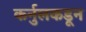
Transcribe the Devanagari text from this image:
कर्नुलकडून